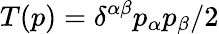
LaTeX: T(p)=\delta^{\alpha\beta}p_{\alpha}p_{\beta}/2